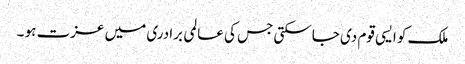
ملک کو ایسی قوم دی جاسکتی جس کی عالمی برادری میں عزت ہو ۔